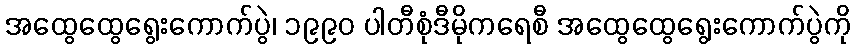
အထွေထွေရွေးကောက်ပွဲ၊ ၁၉၉၀ ပါတီစုံဒီမိုကရေစီ အထွေထွေရွေးကောက်ပွဲကို